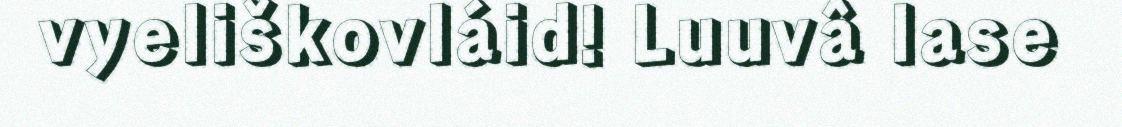
vyeliškovláid! Luuvâ lase